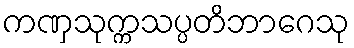
ကဏှသုက္ကသပ္ပတိဘာဂေသု